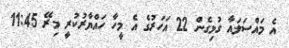
އެ މައްސަލައާ ގުޅިގެން 22 އަހަރުގެ އެ މީހާ ހައްޔާރުކުރީ މިރޭ 11:45